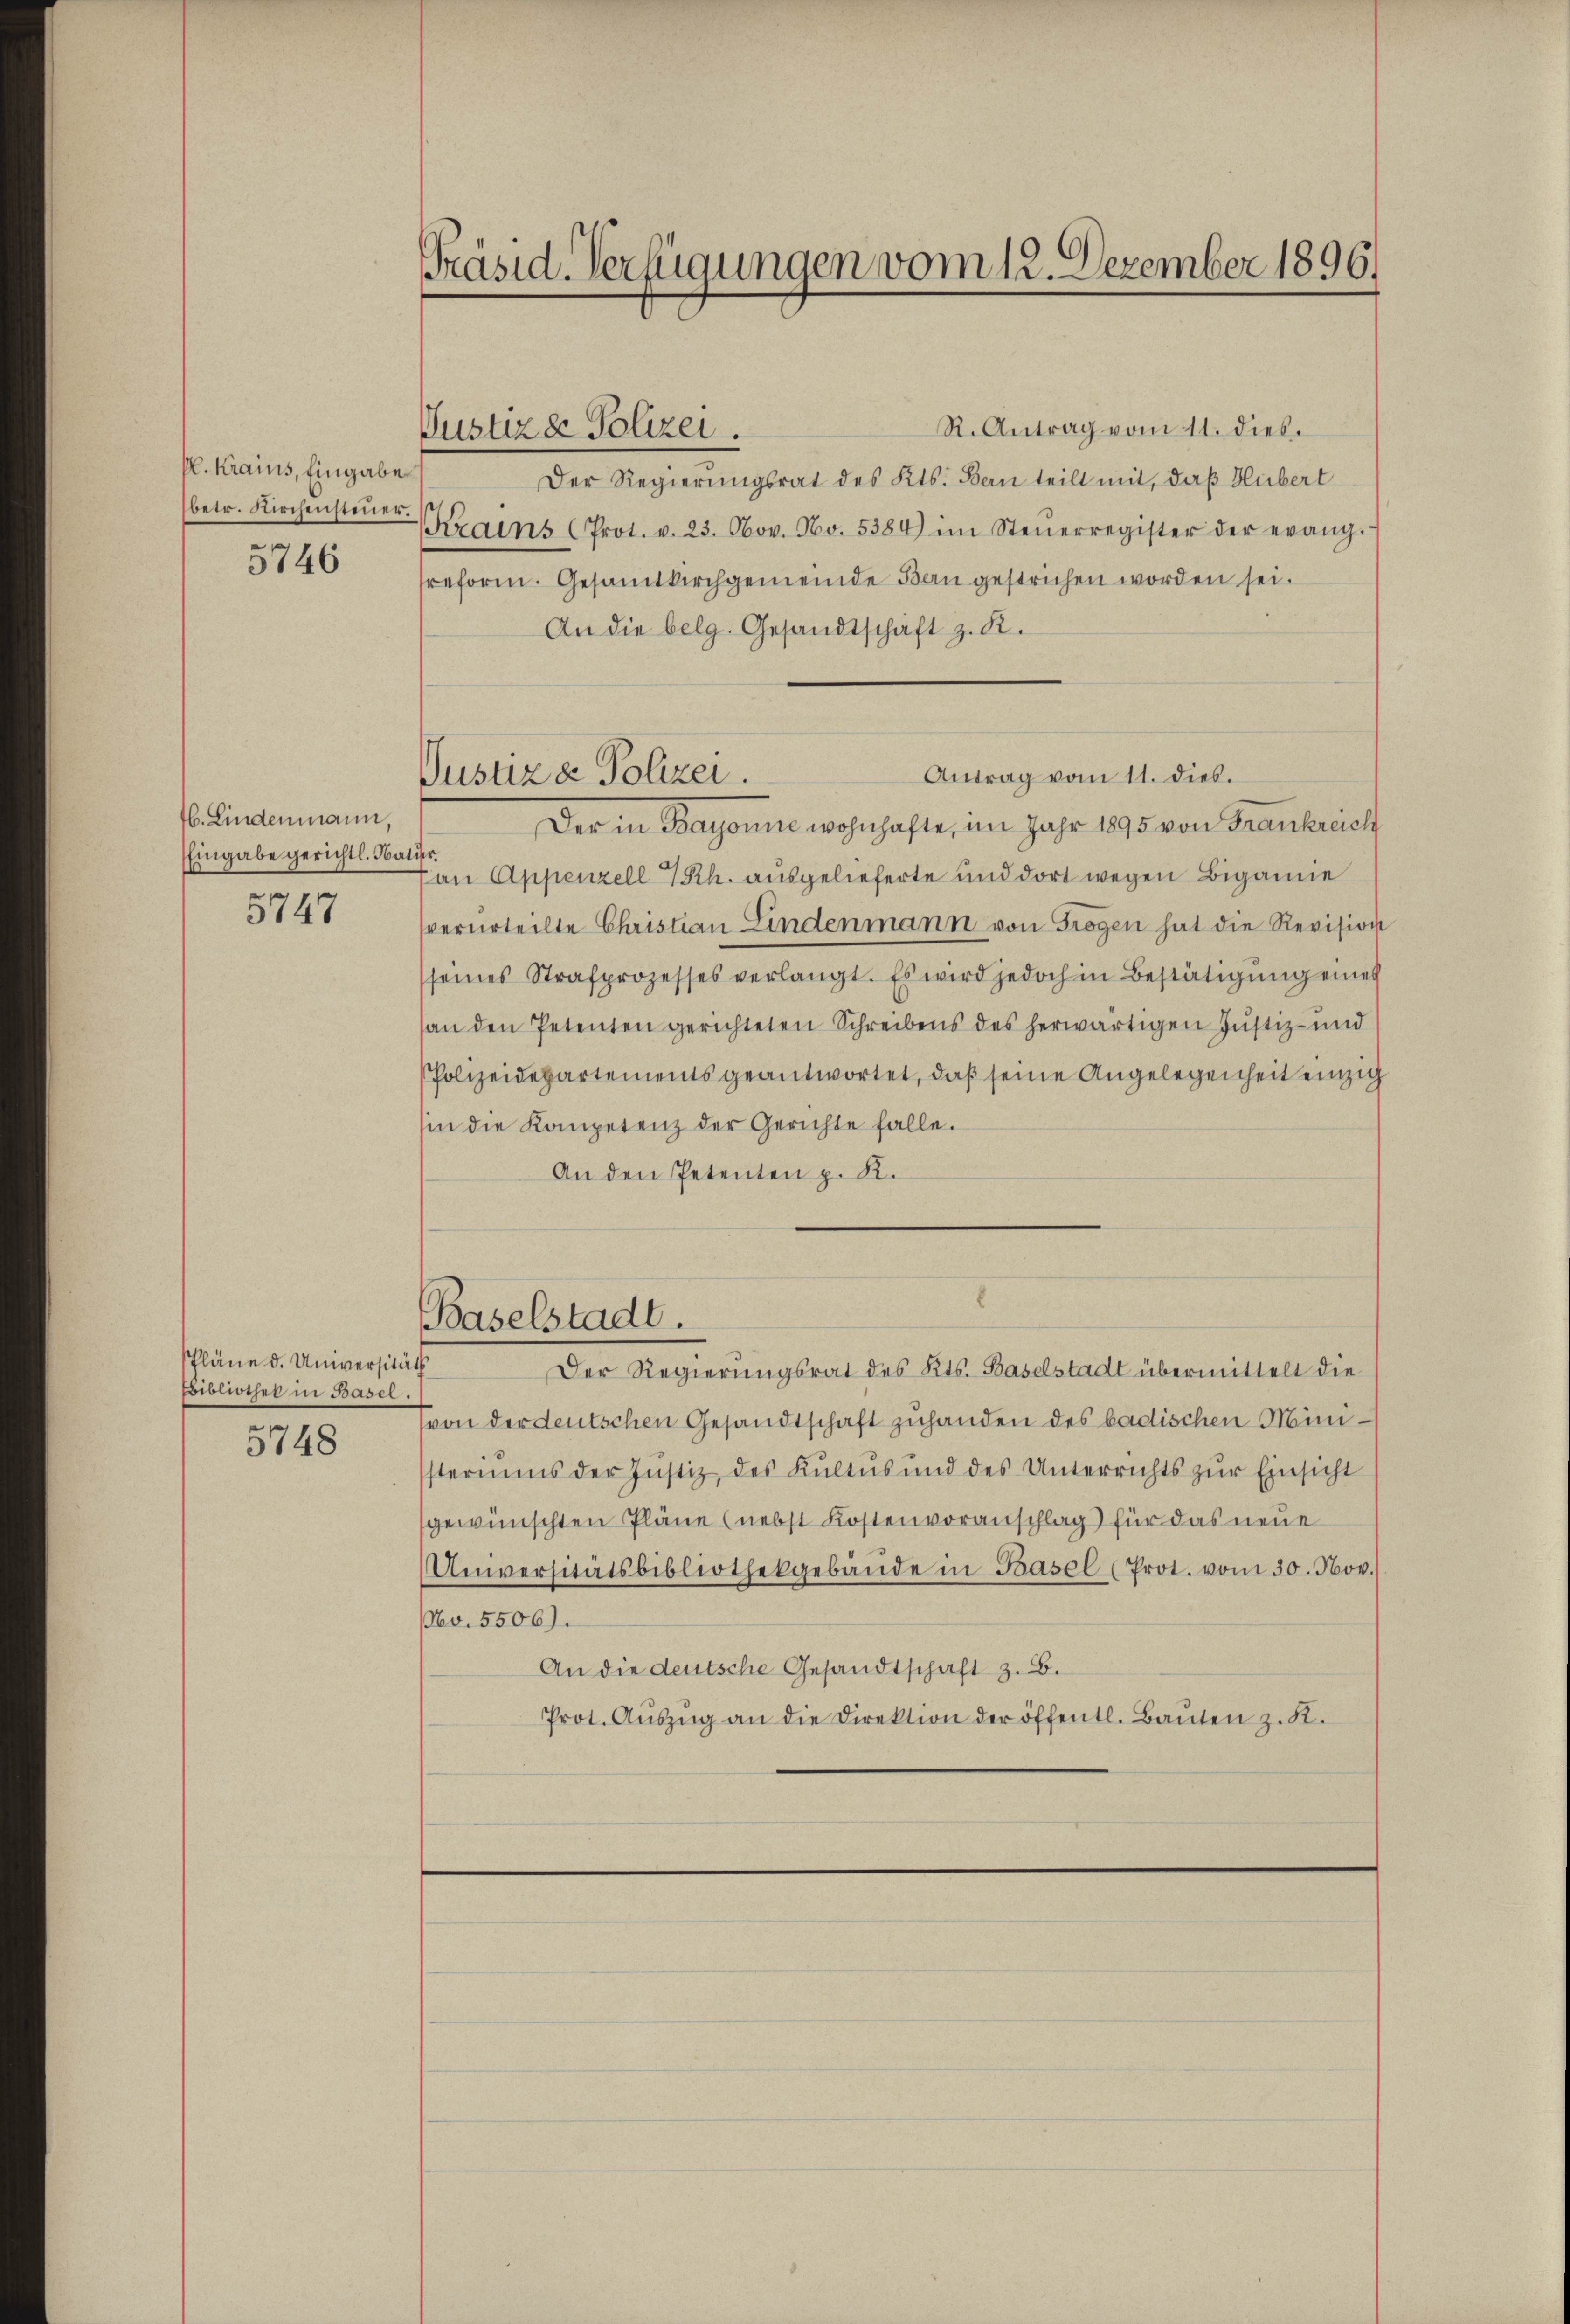
H. Krains, Eingabe
betr. Kirchensteuer.
5746

1b. Lindenmann,
Eingabe gerichtl. Nat
3747

schläne d. Universität
Bibliothek in Basel.
5748

Präsid. Verfügungen vom 12. Dezember 1896)

Justizde Polizei.

R. Antrag vom 11. dies.
Der Regierungsrat des Kts. Bern teilt mit, daß Hubert
Krains (Prot. v. 23. Nov. No. 5384) im Steŭerregister der evang.
sreform. Gesamtkirchgemeinde Bau gestrichen worden sei.
An die belg. Gesandtschaft z. R.
Der in Bayonne wohnhafte, im Jahr 1895 von Frankreich
der
Von Appenzell I/Rh. ausgelieferte und dort wegen Biganne
verurteilte Christian Lindenmann von Trogen hat die Revision
seines Strafprozesses verlangt. Es wird jedoch in Bestätigŭng eines
an den Petenten gerichteten Schreibens des herwärtigen Justiz- und
PPolizeidepartements geantwortet, daß seine Angelegenheit einzig
sin die Kompetenz der Gerichte falle.
An den Petenten p. K.
E
Baselstadt.
Der Regierungsrat des Kts. Baselstadt übermittelt die
(von der deutschen Gesandtschaft zuhanden des badischen Ministeriums der Justiz, des Kŭltŭs ŭnd des Unterrichts zŭr Einsicht
gewünschten Pläne (nebst Kostenvoranschlag für das neue
Universitätsbibliothekgebäŭde in Basel (Prot. vom 30. Nov.
Nbv. 5506).
An die deutsche Gesandtschaft z. B.
Prot. Aŭszŭg an die Direktion der öffentl. Baŭten z. K.

Justiz & Polizei.

Antrag vom 11. dies.